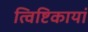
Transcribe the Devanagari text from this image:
त्विष्टिकायां